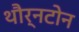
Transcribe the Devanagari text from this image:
थौर्नटोन